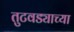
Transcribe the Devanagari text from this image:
तुटवड्याच्या